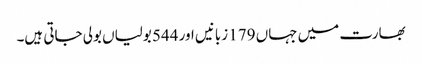
بھارت میں جہاں 179 زبانیں اور 544 بولیاں بولی جاتی ہیں۔